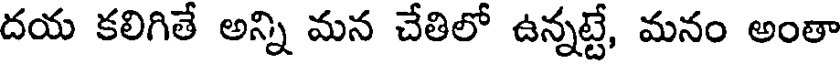
దయ కలిగితే అన్ని మన చేతిలో ఉన్నట్టే, మనం అంతా